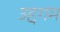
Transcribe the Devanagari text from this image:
उद्दगम